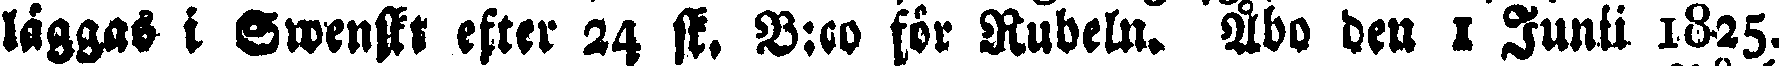
läggas i Swenskt efter 24 sk. B:co för Rubeln. Åbo den 1 Junii 1825.